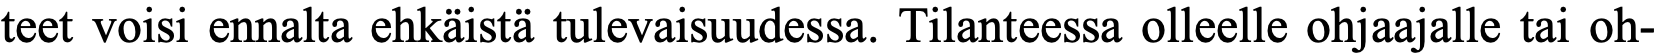
teet voisi ennalta ehkäistä tulevaisuudessa. Tilanteessa olleelle ohjaajalle tai oh-